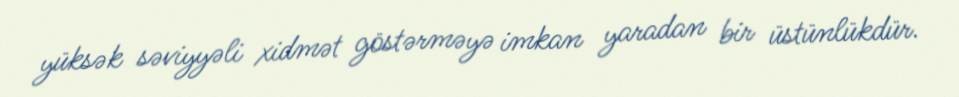
yüksək səviyyəli xidmət göstərməyə imkan yaradan bir üstünlükdür.